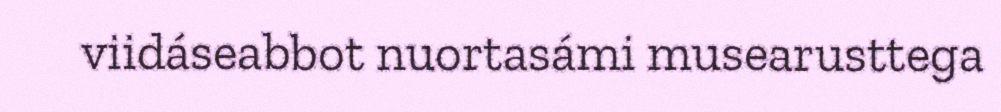
viidáseabbot nuortasámi musearusttega